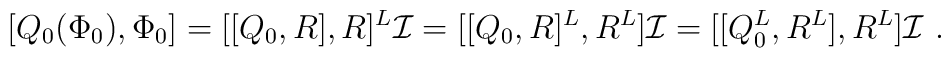
[Q_0(\Phi_0),\Phi_0]=[[Q_0,R],R]^L\mathcal{I}=[[Q_0,R]^L,R^L]\mathcal{I}=[[Q_0^L,R^L],R^L]\mathcal{I} \ .